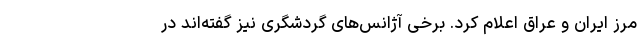
مرز ایران و عراق اعلام کرد. برخی آژانس‌های گردشگری نیز گفته‌اند در